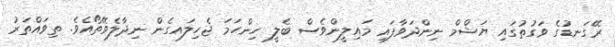
ރޭގަނޑުގެ ވަގުތުގައި ޔަޝްމް ނިންދަވާފައި މައިލީންވެސް ބެލީ ހިންހަމަ ޖެހިލައގެން ނިދާލެވޭތޯއެވެ. ތިވައްތަރު